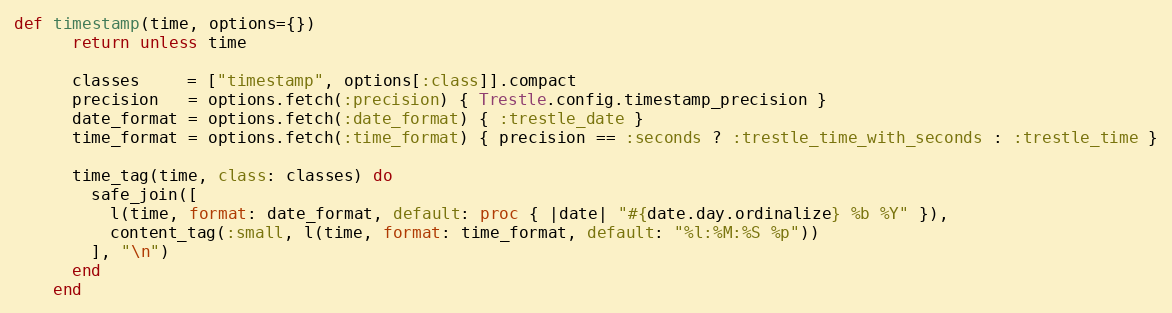
Language: Ruby
def timestamp(time, options={})
      return unless time

      classes     = ["timestamp", options[:class]].compact
      precision   = options.fetch(:precision) { Trestle.config.timestamp_precision }
      date_format = options.fetch(:date_format) { :trestle_date }
      time_format = options.fetch(:time_format) { precision == :seconds ? :trestle_time_with_seconds : :trestle_time }

      time_tag(time, class: classes) do
        safe_join([
          l(time, format: date_format, default: proc { |date| "#{date.day.ordinalize} %b %Y" }),
          content_tag(:small, l(time, format: time_format, default: "%l:%M:%S %p"))
        ], "\n")
      end
    end